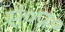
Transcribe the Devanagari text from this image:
सं०प्र०